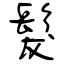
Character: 髮